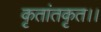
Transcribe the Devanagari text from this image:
कृतांतकृत।।